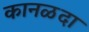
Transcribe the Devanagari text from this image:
कानळदा